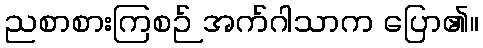
ညစာစားကြစဉ် အက်ဂါသာက ပြော၏။